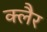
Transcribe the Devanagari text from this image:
क्लैर